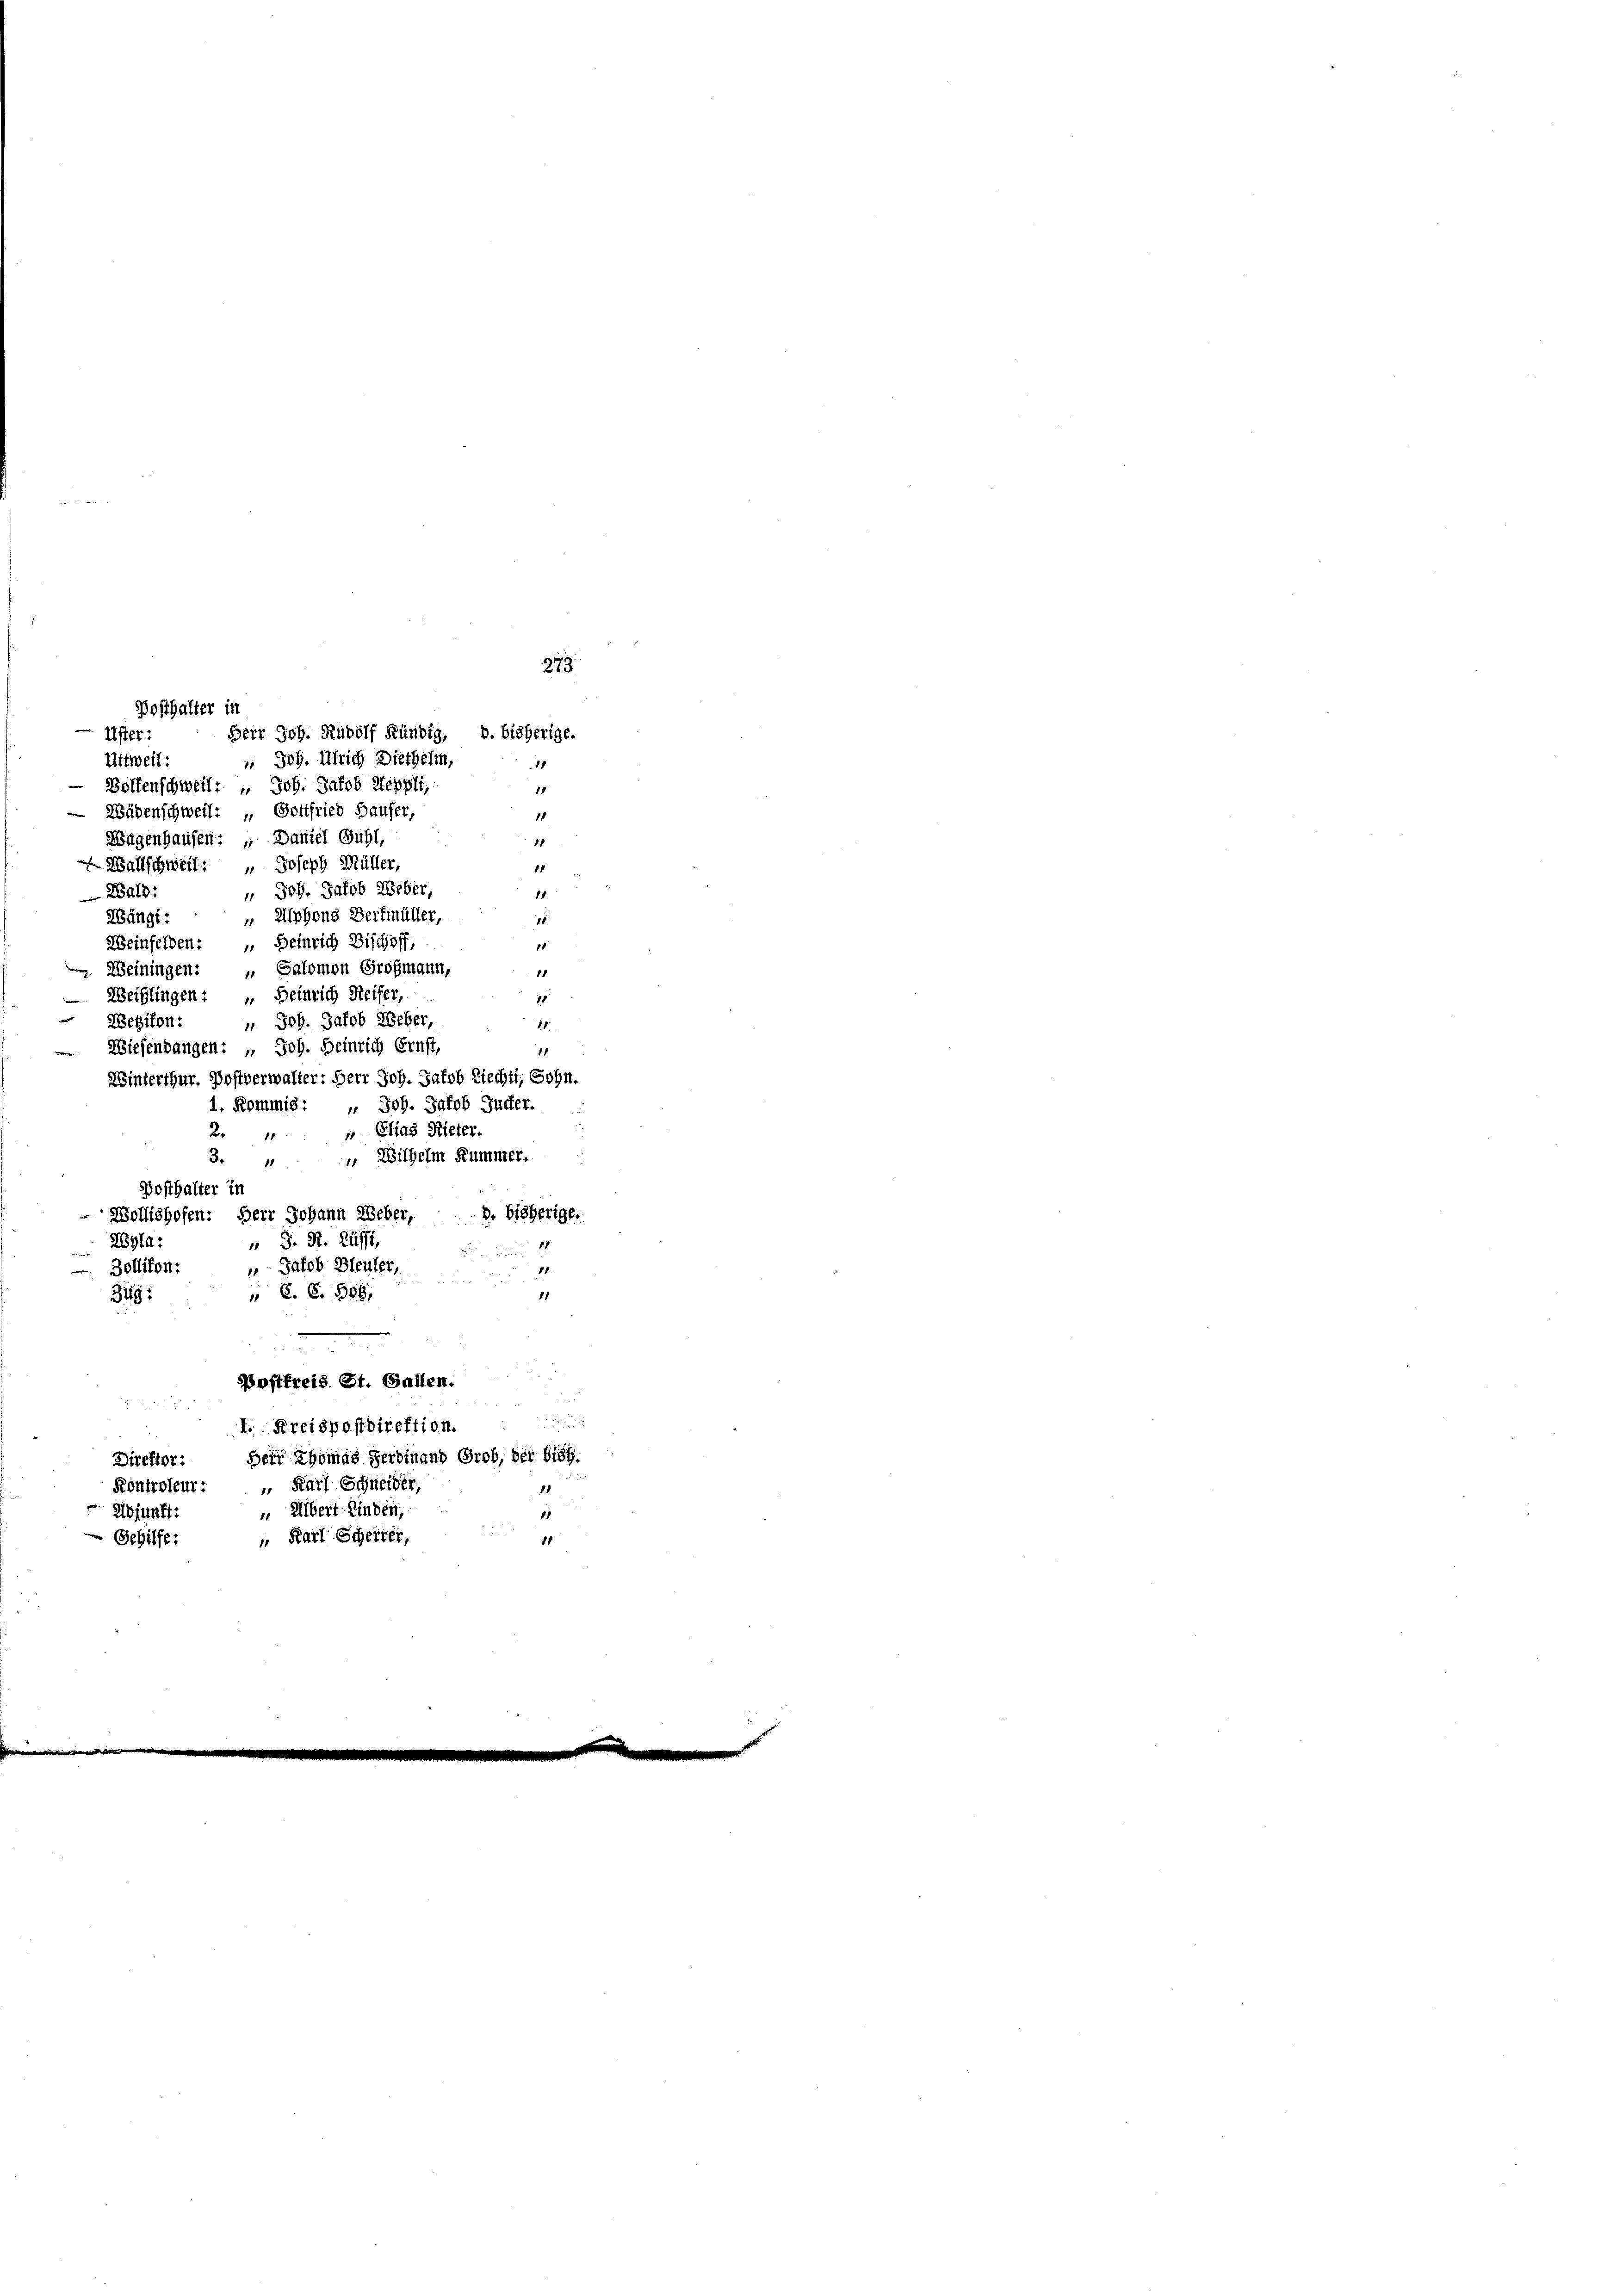
Uster:
Uttweil:
 Joh. Ulrich Diethelm,
Bolfenschweil: " Joh. Jakob Keppli,
11
Wädenschweil: „Gottfried Hauser,
18
Wägenhausen: „Daniel Guhl,
1
Wallschweil: " Joseph Müller,
11
Joh. Jakob Weber,
Wald:
8
11
 Alphons Berfmüller,
Wüngi
1
Weinfelden: „ Heinrich Bischoff,
1

Weiningen: „ Salomon Großmann,
Weißlingen: „Heinrich Reifer,
15
Wezikon:
u. Joh. Jakob Weber
1
Wiefenbangen: „ Joh. Heinrich Ernst,
11
Winterthur. Postverwalter: Herr Joh. Jakob Riechti, Sohn,
1. Kommis: " Joh. Jakob Güffer.
2. " " Elias Nieter.
 Wilhelm Kummer.
3.
Posthalter in
Wollishofen: Herr Johann Weber,
3. bisherige.
" J. H. Küsse,
Wyla:
 1
 Zollikon:
 Jakob Bleuler,
 C. C. 588
11
349:
e
Postfreis St. Gallen.

Posthalter in

I. Kreispostdirektion.
Herr Thomas Ferdinand Grob, der blos
Direktor:
Kontroleur: " Karl Schneider
1
 Albert finden,
1
dfunft:
 Karl Scherter,
Sehilfe:
11

273.

Herr Joh. Rudolf Kündig, B. bisherige.

1